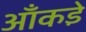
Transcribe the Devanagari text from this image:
आँकडे़